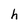
Character: h